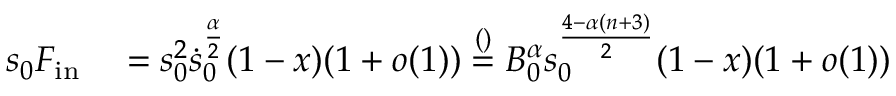
\begin{array} { r l r l } { s _ { 0 } F _ { \mathrm { i n } } } & { { } \stackrel { } { = } s _ { 0 } ^ { 2 } \dot { s } _ { 0 } ^ { \frac \alpha 2 } ( 1 - x ) ( 1 + o ( 1 ) ) \stackrel { ( ) } = B _ { 0 } ^ { \alpha } s _ { 0 } ^ { \frac { 4 - \alpha ( n + 3 ) } { 2 } } ( 1 - x ) ( 1 + o ( 1 ) ) } \end{array}